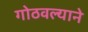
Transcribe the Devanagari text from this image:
गोठवल्याने